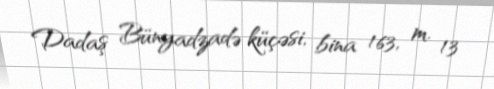
Dadaş Bünyadzadə küçəsi, bina 163, m. 13